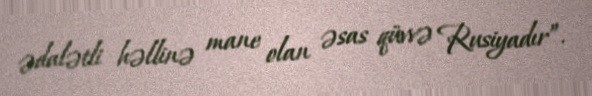
ədalətli həllinə mane olan əsas qüvvə Rusiyadır”.